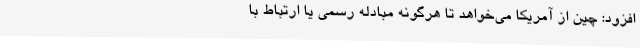
افزود: چین از آمریکا می‌خواهد تا هرگونه مبادله رسمی یا ارتباط با